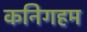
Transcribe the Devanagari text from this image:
कनिगहम